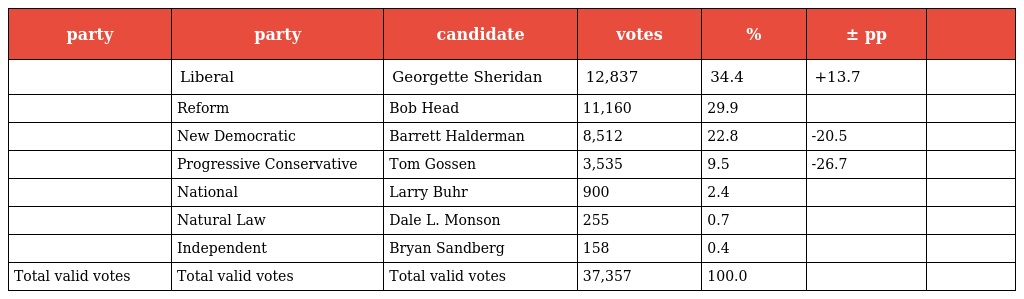
| party | party | candidate | votes | % | ± pp |  |
 | --- | --- | --- | --- | --- | --- | --- |
 |  | Liberal | Georgette Sheridan | 12,837 | 34.4 | +13.7 |  |
 |  | Reform | Bob Head | 11,160 | 29.9 |  |  |
 |  | New Democratic | Barrett Halderman | 8,512 | 22.8 | -20.5 |  |
 |  | Progressive Conservative | Tom Gossen | 3,535 | 9.5 | -26.7 |  |
 |  | National | Larry Buhr | 900 | 2.4 |  |  |
 |  | Natural Law | Dale L. Monson | 255 | 0.7 |  |  |
 |  | Independent | Bryan Sandberg | 158 | 0.4 |  |  |
 | Total valid votes | Total valid votes | Total valid votes | 37,357 | 100.0 |  |  |